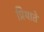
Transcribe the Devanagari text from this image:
प्रियाते